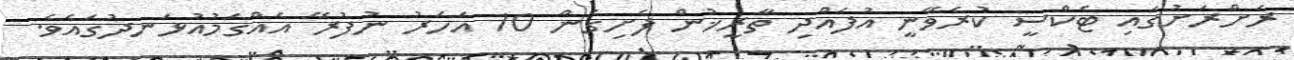
ރަށްރަށުގައި ޓެކްސީ ކުރެވޭނީ އުފެއްދި ތާރީޚުން ފެށިގެން 10 އަހަރު ނުފުރޭ އެއްގަމުއުޅަނދުގައެވެ.